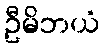
ဦမိဘယံ